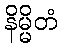
နိမ္မိတံ